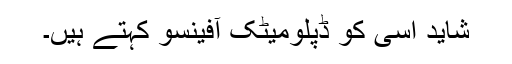
شاید اسی کو ڈپلومیٹک آفینسو کہتے ہیں۔